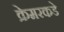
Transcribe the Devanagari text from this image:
क्रेमरकडे